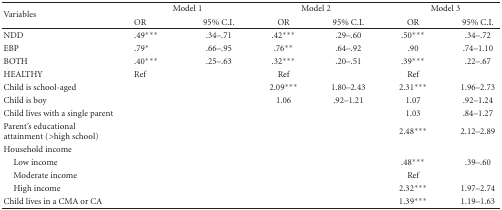
<table><thead><tr><td rowspan="2"><b>Variables</b></td><td colspan="2"><b>Model 1</b></td><td colspan="2"><b>Model 2</b></td><td colspan="2"><b>Model 3</b></td></tr><tr><td><b>OR</b></td><td><b>95% C.I.</b></td><td><b>OR</b></td><td><b>95% C.I.</b></td><td><b>OR</b></td><td><b>95% C.I.</b></td></tr></thead><tbody><tr><td> NDD</td><td>.49***</td><td>.34–.71</td><td>.42***</td><td>.29–.60</td><td>.50***</td><td>.34–.72</td></tr><tr><td>EBP</td><td>.79*</td><td>.66–.95</td><td>.76**</td><td>.64–.92</td><td>.90</td><td>.74–1.10</td></tr><tr><td>BOTH</td><td>.40***</td><td>.25–.63</td><td>.32***</td><td>.20–.51</td><td>.39***</td><td>.22–.67</td></tr><tr><td>HEALTHY</td><td>Ref</td><td></td><td>Ref</td><td></td><td>Ref</td><td></td></tr><tr><td>Child is school-aged</td><td></td><td></td><td>2.09***</td><td>1.80–2.43</td><td>2.31***</td><td>1.96–2.73</td></tr><tr><td>Child is boy</td><td></td><td></td><td>1.06</td><td>.92–1.21</td><td>1.07</td><td>.92–1.24</td></tr><tr><td>Child lives with a single parent</td><td></td><td></td><td></td><td></td><td>1.03</td><td>.84–1.27</td></tr><tr><td>Parent&#x27;s educational attainment (&gt;high school)</td><td></td><td></td><td></td><td></td><td>2.48***</td><td>2.12–2.89</td></tr><tr><td>Household income</td><td></td><td></td><td></td><td></td><td></td><td></td></tr><tr><td> Low income</td><td></td><td></td><td></td><td></td><td>.48***</td><td>.39–.60</td></tr><tr><td> Moderate income</td><td></td><td></td><td></td><td></td><td>Ref</td><td></td></tr><tr><td> High income</td><td></td><td></td><td></td><td></td><td>2.32***</td><td>1.97–2.74</td></tr><tr><td>Child lives in a CMA or CA</td><td></td><td></td><td></td><td></td><td>1.39***</td><td>1.19–1.63</td></tr></tbody></table>